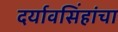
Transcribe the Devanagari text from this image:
दर्यावसिंहांचा